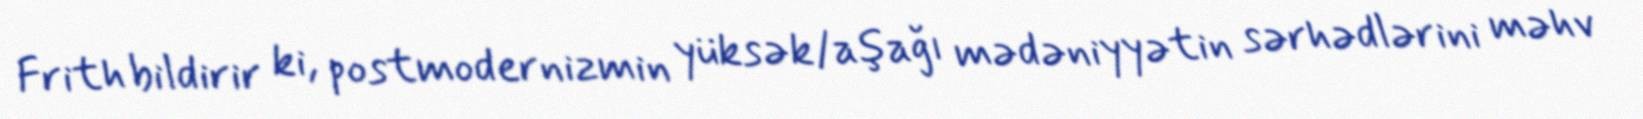
Frith bildirir ki, postmodernizmin yüksək/aşağı mədəniyyətin sərhədlərini məhv